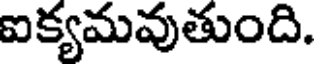
ఐక్యమవుతుంది.